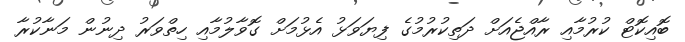
ބޮއިކޮޓް ކުރުމާއި ރާއްޖެއަށް ދަތިކުރުމުގެ ފިޔަވަޅު އެޅުމަށް ގޮވާލުމާއި ހިތްވަރު ދިނުން މަނާކުރާ